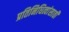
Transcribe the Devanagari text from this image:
प्रतिनिधित्वांसाठी